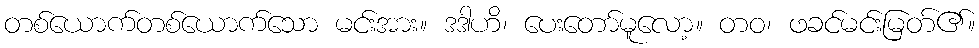
တစ်ယောက်တစ်ယောက်သော မင်းအား။ ဒဒါဟိ၊ ပေးတော်မူလော့။ တဝ၊ ဖခင်မင်းမြတ်၏။